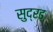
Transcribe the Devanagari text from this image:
सुद्रढ